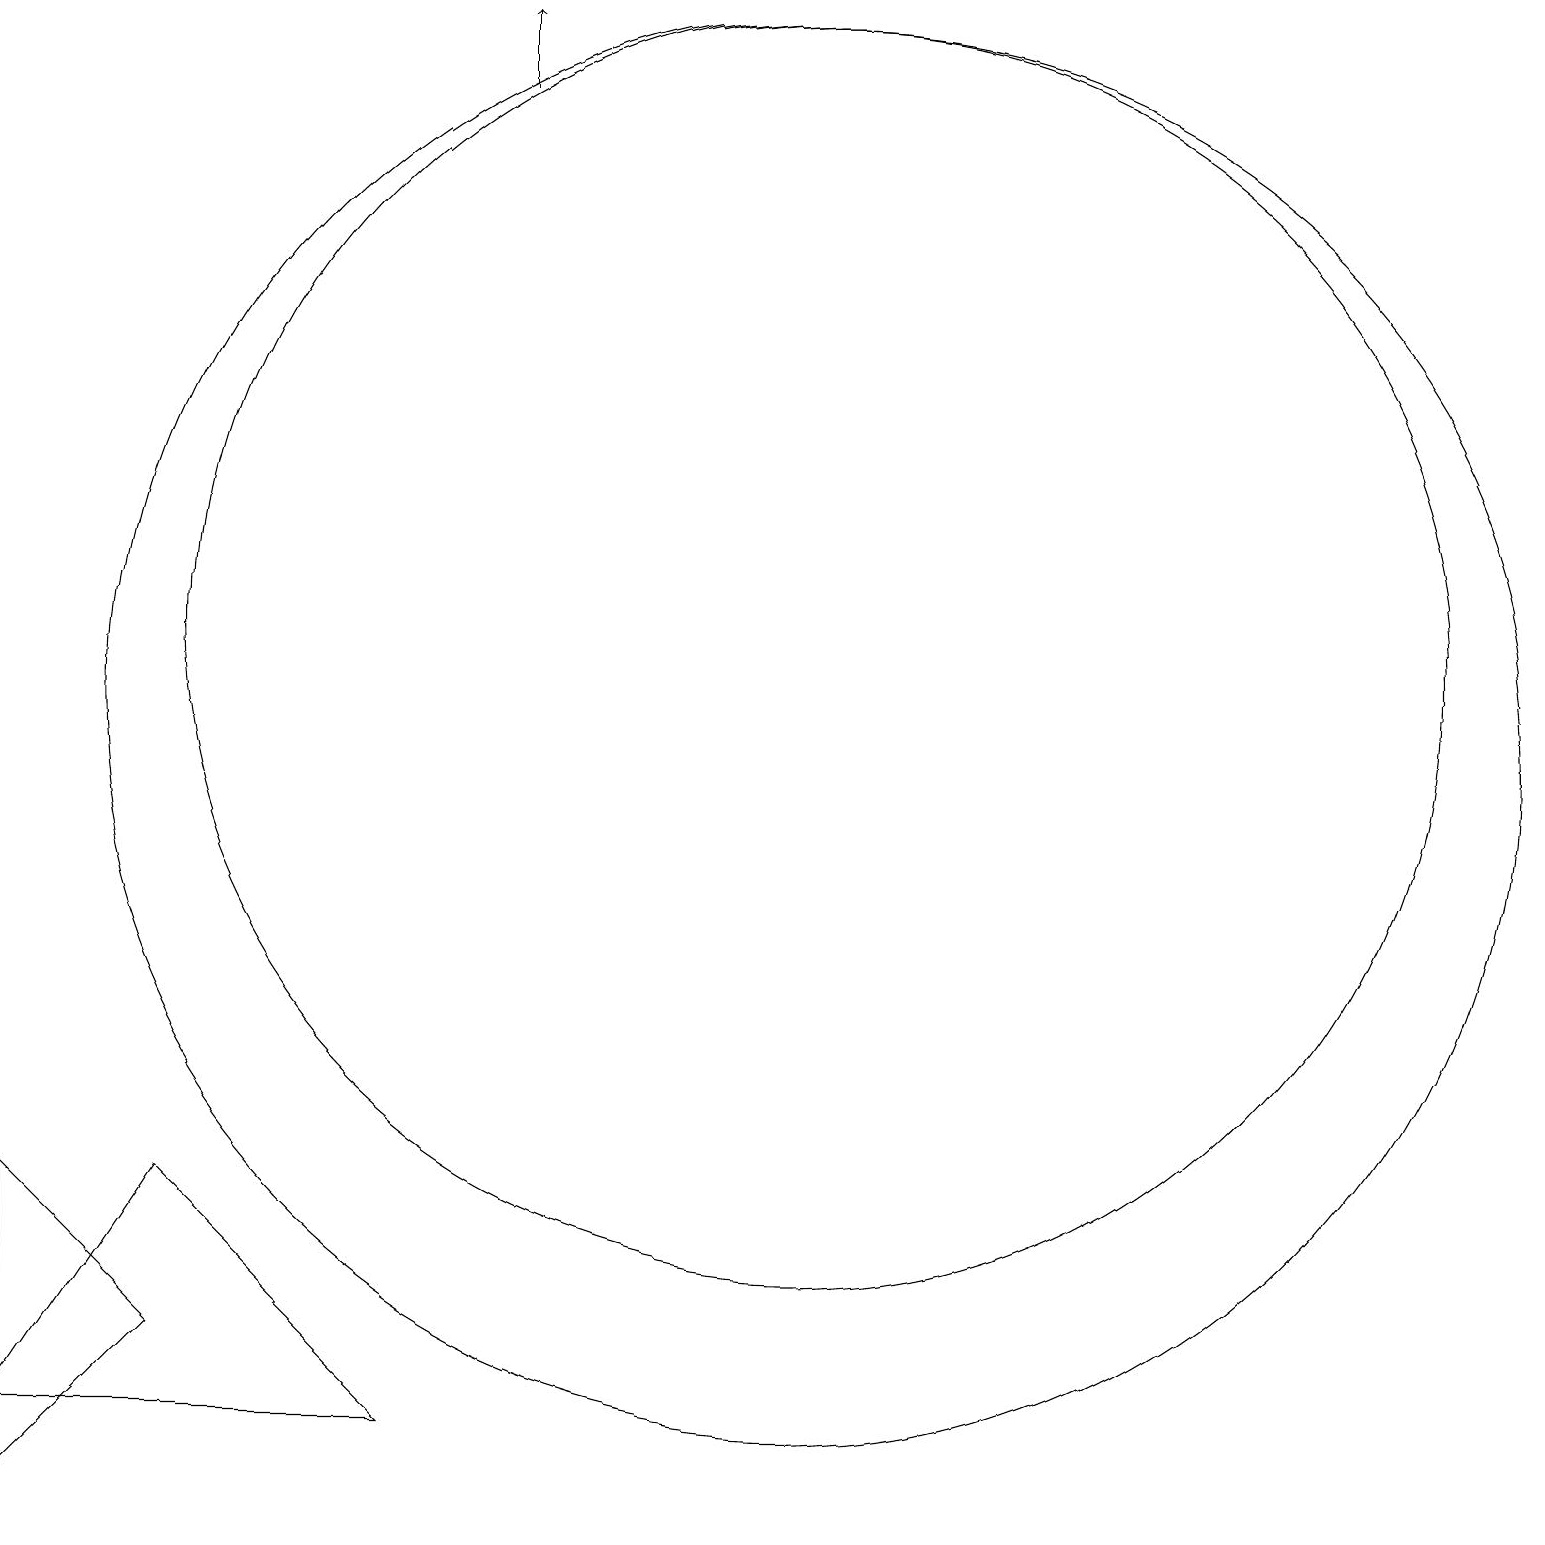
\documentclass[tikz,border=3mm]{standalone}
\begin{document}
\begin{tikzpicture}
\draw (10,10) circle (9);
\draw[->] (6,18) -- (6,19);
\draw (10,11) circle (8);
\draw (2,2) -- (0,0) -- (0,4) -- cycle;
\draw (2,4) -- (0,1) -- (5,1) -- cycle;
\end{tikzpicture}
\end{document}